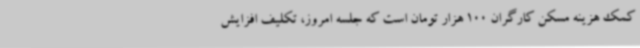
کمک هزینه مسکن کارگران 100 هزار تومان است که جلسه امروز، تکلیف افزایش